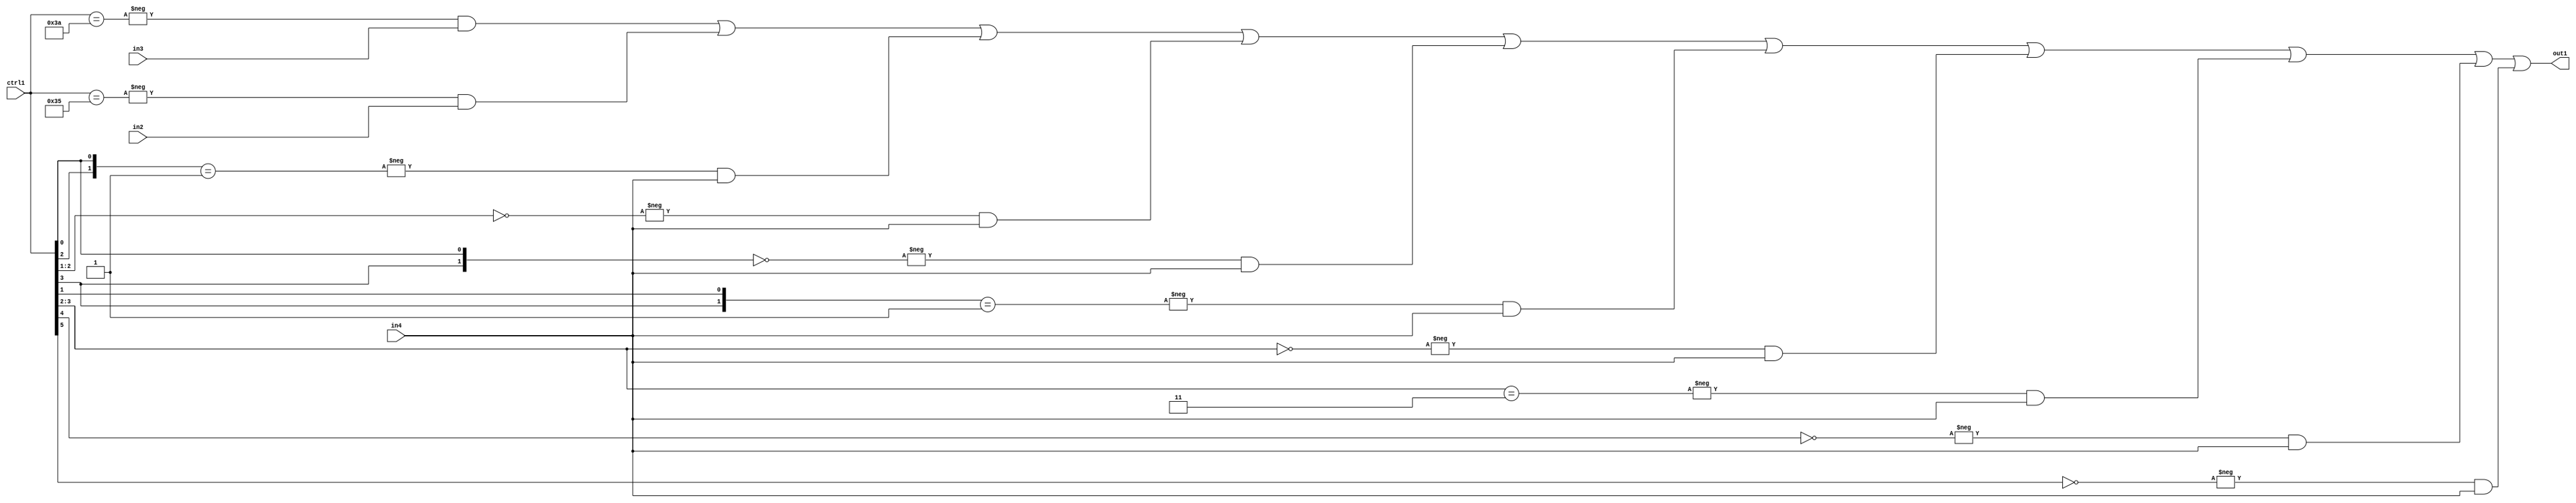
`timescale 1ps / 1ps
/*****************************************************************************
    Verilog RTL Description
    
    
    Created by: Stratus DpOpt 21.05.01 
*******************************************************************************/

module SobelFilter_N_Mux_32_3_106_1 (
	in4,
	in3,
	in2,
	ctrl1,
	out1
	); /* architecture "behavioural" */ 
input [31:0] in4;
input [8:0] in3,
	in2;
input [5:0] ctrl1;
output [31:0] out1;
wire [31:0] asc001;

assign asc001 = 
	-{ctrl1 == 6'B111010} & in3 |
	-{ctrl1 == 6'B110101} & in2 |
	-{{ctrl1[2], ctrl1[0]} == 2'B01} & in4 |
	-{ctrl1[2:1] == 2'B00} & in4 |
	-{{ctrl1[3], ctrl1[0]} == 2'B00} & in4 |
	-{{ctrl1[3], ctrl1[1]} == 2'B01} & in4 |
	-{ctrl1[3:2] == 2'B00} & in4 |
	-{ctrl1[3:2] == 2'B11} & in4 |
	-{ctrl1[4] == 1'B0} & in4 |
	-{ctrl1[5] == 1'B0} & in4 ;

assign out1 = asc001;
endmodule

/* CADENCE  vrf4SgE= : u9/ySxbfrwZIxEzHVQQV8Q== ** DO NOT EDIT THIS LINE ******/